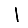
Digit: 1